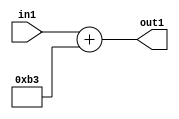
`timescale 1ps / 1ps
/*****************************************************************************
    Verilog RTL Description
    
    
    Created by: Stratus DpOpt 2019.1.01 
*******************************************************************************/

module DC_Filter_Add_12U_1_1 (
	in1,
	out1
	); /* architecture "behavioural" */ 
input [11:0] in1;
output [11:0] out1;
wire [11:0] asc001;

assign asc001 = 
	+(in1)
	+(12'B000010110011);

assign out1 = asc001;
endmodule

/* CADENCE  ubD0Qg4= : u9/ySgnWtBlWxVPRXgAZ4Og= ** DO NOT EDIT THIS LINE ******/